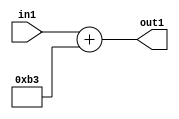
`timescale 1ps / 1ps
/*****************************************************************************
    Verilog RTL Description
    
    
    Created by: Stratus DpOpt 2019.1.01 
*******************************************************************************/

module DC_Filter_Add_12U_1_1 (
	in1,
	out1
	); /* architecture "behavioural" */ 
input [11:0] in1;
output [11:0] out1;
wire [11:0] asc001;

assign asc001 = 
	+(in1)
	+(12'B000010110011);

assign out1 = asc001;
endmodule

/* CADENCE  ubD0Qg4= : u9/ySgnWtBlWxVPRXgAZ4Og= ** DO NOT EDIT THIS LINE ******/